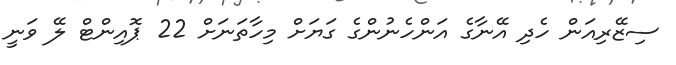
ސިޒޭރިއަން ހެދި އޭނާގެ އަންހެނުންގެ ގަޔަށް މިހާތަނަށް 22 ޕޮއިންޓް ލޭ ވަނީ